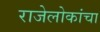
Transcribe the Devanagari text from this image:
राजेलोकांचा